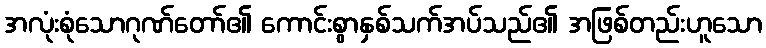
အလုံးစုံသောဂုဏ်တော်၏ ကောင်းစွာနှစ်သက်အပ်သည်၏ အဖြစ်တည်းဟူသော